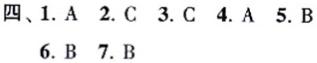
四、1. A 2. C 3. C 4. A 5. B
6. B 7. B